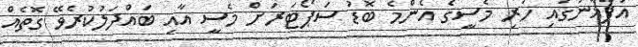
އަފްޣާނުގައި ހުރި މެސީގެ އެންމެ ބޮޑު ސަޕޯޓަރަށް މެސީ އާއި ބައްދަލުކުރެވޭ ގޮތެއް